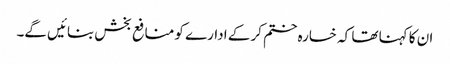
ان کا کہنا تھا کہ خسارہ ختم کر کے ادارے کو منافع بخش بنائیں گے۔